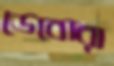
ডেবোরা